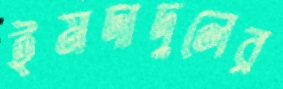
ইমদাদুলের